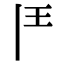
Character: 𩰋